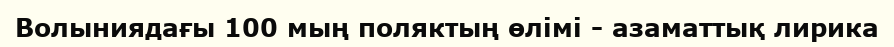
Волыниядағы 100 мың поляктың өлімі - азаматтық лирика